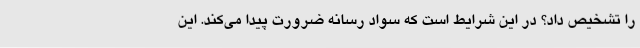
را تشخیص داد؟ در این شرایط است که سواد رسانه ضرورت پیدا می‌کند. این